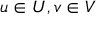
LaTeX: u \in U , v \in V